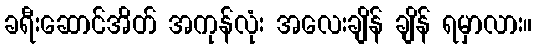
ခရီးဆောင်အိတ် အကုန်လုံး အလေးချိန် ချိန် ရမှာလား။